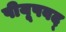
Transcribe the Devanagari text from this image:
पीयूषवद्